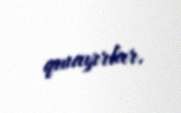
qınayırlar.